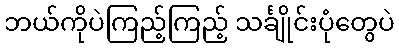
ဘယ်ကိုပဲကြည့်ကြည့် သင်္ချိုင်းပုံတွေပဲ